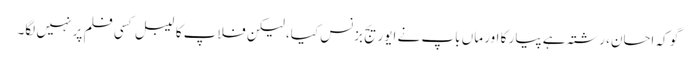
گو کہ احسان، رشتہ ہے پیار کا اور ماں باپ نے ایوریج بزنس کیا، لیکن فلاپ کا لیبل کسی فلم پر نہیں لگا۔